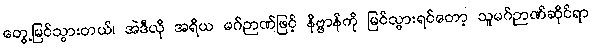
တွေ့မြင်သွားတယ်၊ အဲဒီလို အရိယ မဂ်ဉာဏ်ဖြင့် နိဗ္ဗာန်ကို မြင်သွားရင်တော့ သူမဂ်ဉာဏ်ဆိုင်ရာ